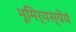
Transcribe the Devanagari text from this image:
भूमिर्यस्येयं